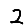
Digit: 2